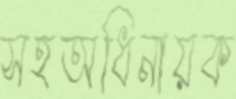
সহঅধিনায়ক